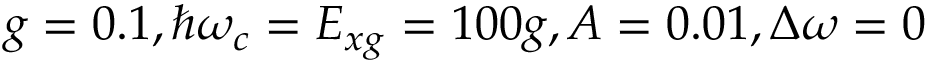
g = 0 . 1 , \hbar \omega _ { c } = E _ { x g } = 1 0 0 g , A = 0 . 0 1 , \Delta \omega = 0